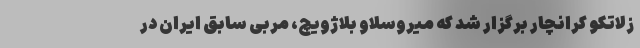
زلاتکو کرانچار برگزار شد که میروسلاو بلاژویچ، مربی سابق ایران در